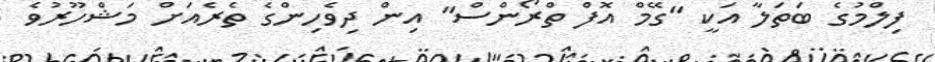
ފިލްމުގެ ބަތަލާ އަކީ "ގޭމް އޮފް ތްރޯންސް" އިން ދިވެހިންގެ ތެރެއަށް މަޝްހޫރުވެ